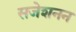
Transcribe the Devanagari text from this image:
सजेशनन